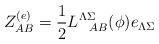
LaTeX: \begin{align*}Z^{(e)}_{AB} = {1 \over 2}L^{\Lambda\Sigma}_{\ \ AB} (\phi)e_{\Lambda\Sigma}\end{align*}